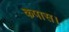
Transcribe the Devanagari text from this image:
कपास।